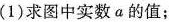
(1)求图中实数a的值；